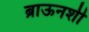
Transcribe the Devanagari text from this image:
ब्राऊनशी